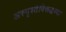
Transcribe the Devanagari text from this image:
अस्पृश्तेविरूद्धच्या